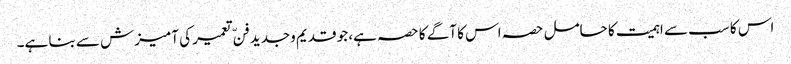
اس کا سب سے اہمیت کا حامل حصہ اس کا آگے کا حصہ ہے، جو قدیم وجدید فنّ تعمیر کی آمیزش سے بنا ہے۔